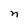
Character: n